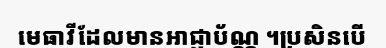
មេធាវីដែលមានអាជ្ញាប័ណ្ណ ។ប្រសិនបើ